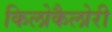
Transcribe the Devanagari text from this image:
किलोकैलोरी